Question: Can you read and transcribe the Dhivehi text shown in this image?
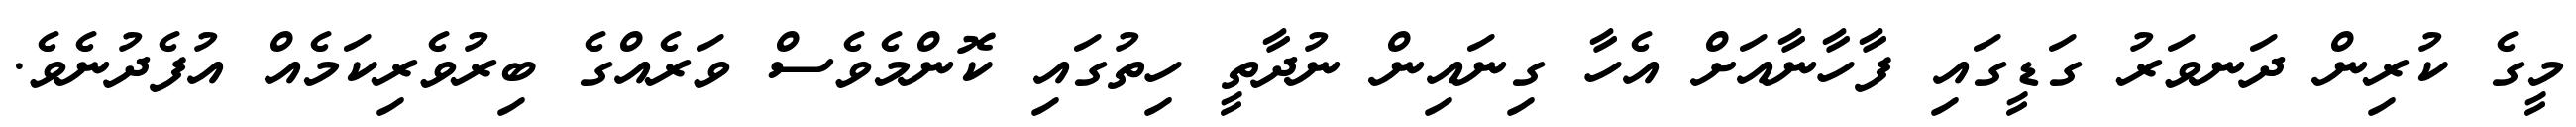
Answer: މީގެ ކުރިން ދަނވަރު ގަޑީގައި ފާހާނާއަށް އެހާ ގިނައިން ނުދާތީ ހިތުގައި ކޮންމެވެސް ވަރެއްގެ ބިރުވެރިކަމެއް އުފެދުނެވެ.